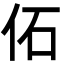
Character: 佦